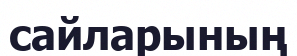
сайларының